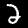
Label: 2